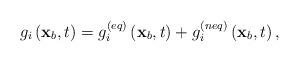
LaTeX: \begin{align*}{g_i}\left( {{{\bf{x}}_b},t} \right) = g_i^{\left( {eq} \right)}\left( {{{\bf{x}}_b},t} \right) + g_i^{\left( {neq} \right)}\left( {{{\bf{x}}_b},t} \right),\end{align*}